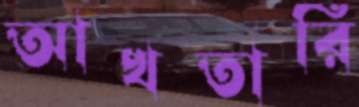
আখতারি